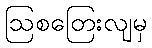
ဩစတြေးလျမှ